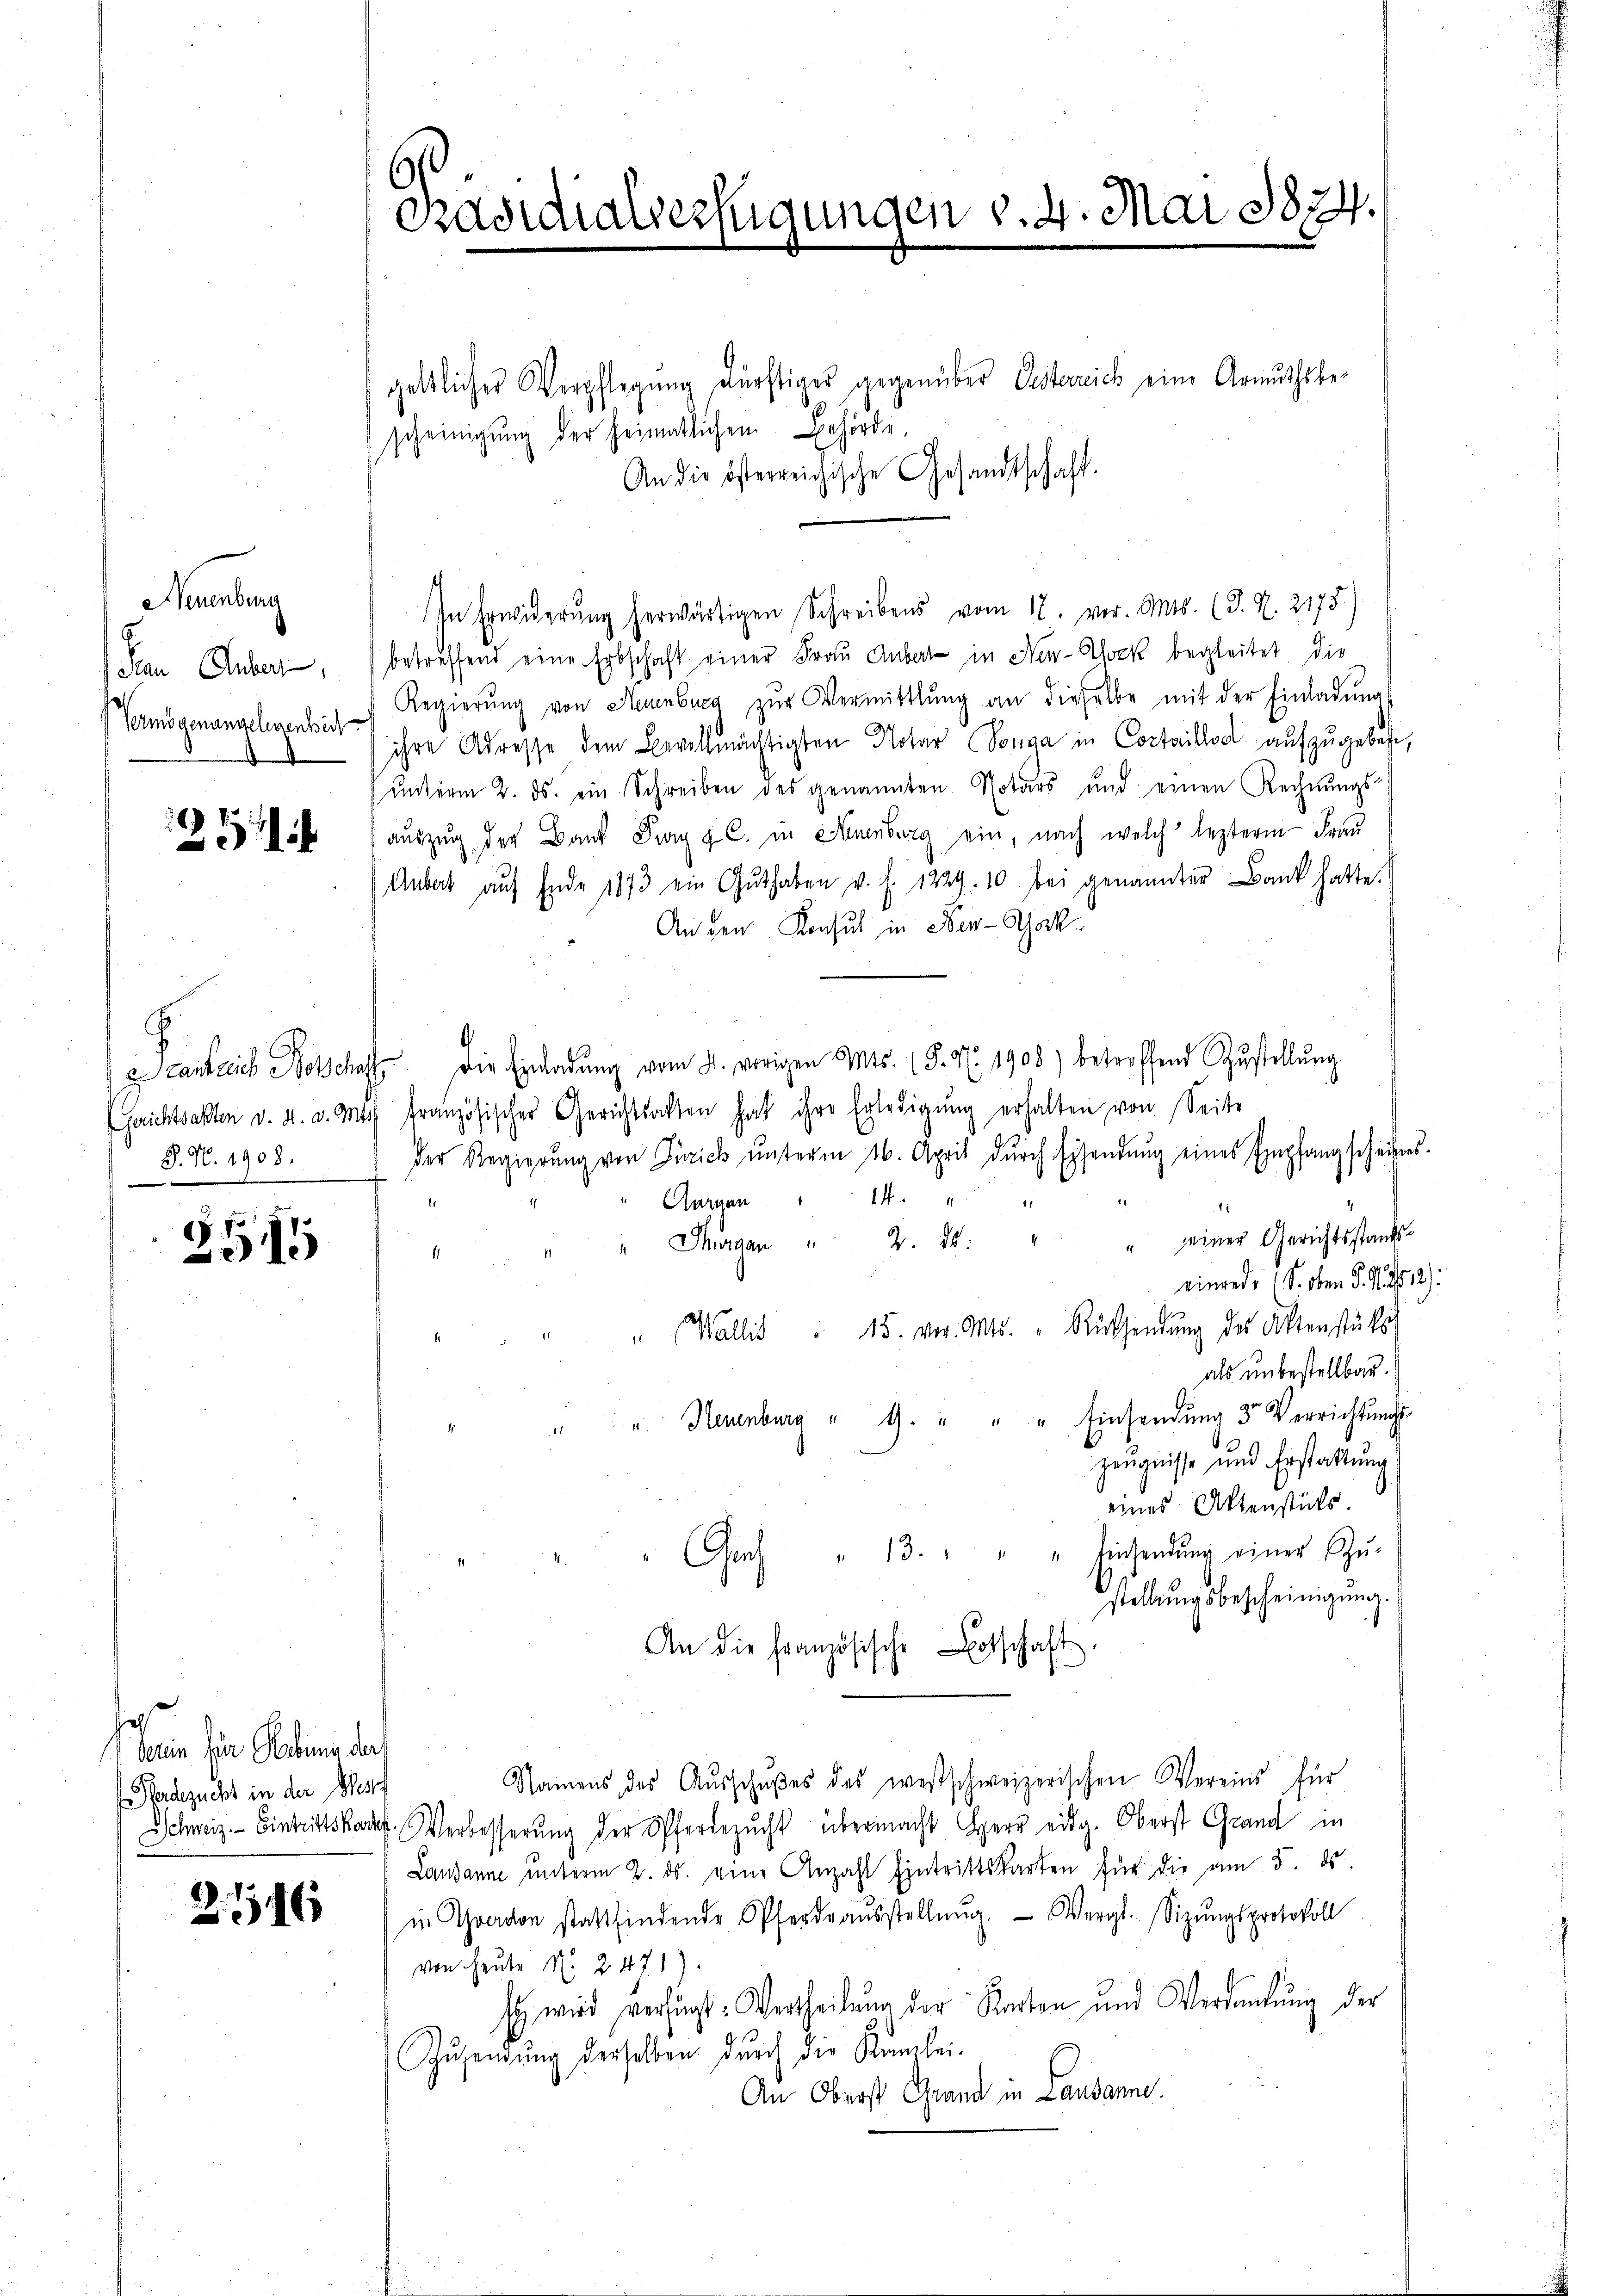
Neuenburg
Pan Guber,
Vermögenansehentich

25

C
J. N. 1908.

e
15

ain für Rebenen doch
erdezucht in der Messch

216

geltlicher Verpflegung dürftiger gegenüber Oesterreich eine Armuthsbescheinigung der heimatlichen Behörde
An die österreichische Gesandtschaft.
In Erwiderŭng herwärtigen Schreibens vom 17. vor. Mts. (T. S. 2175
betreffend eine Erbschaft einer Frau Anbar in New-Yock begleitet, die
Regierŭng von Neuenburg zŭr Vermittlung an dieselbe mit der Einladŭng
ihre Adresse dem Bevollmächtigten Notar Sonna in Cortaillod aufzugebete,
ŭnterm 2. ds. ein Schreiben des genannten Notars und einen Rechnŭngs-
auszug der Band Frag p. C. in Neuenburg ein, nach welch leztere Frau
Aubert aŭf Ende 1873 ein Guthaben v. f. 1229. 10 bei genannter Bank hatte.
An den Konsul in Ber-Schok
Santaris Botschaft. Die Einladŭng vom 4. vorigen Mts. 15. N. 1908 betreffend Zustellŭng
(Gaichtsakter d. d. d. Mts französischer Gerichtsachten hat ihre Erledigŭng erhalten von Seite
der Regierŭng von Zürich ŭnterm 16. April dŭrch Eisendŭng eines Empfangscheibens
Aarmen " 14 "
" Thurgan " 2. 28. " " einer Gerichtsstands-
einrede (S. oben S. 2
" Wallis " 15. vor. Mts. " Rücksendŭng des Altenstücke
als unbestellbar.
u. Neuenburg " G. " " " Einsendŭng 3 Verrichtŭngs-
zeugnisse und Erstattung
eines Aktenstücks.
Gras " 13. " " " Einsendŭng einer Spŭ-
stellungsbescheinigung.
An die Französische Botschaft
Namens des Aŭsschŭβes des westschweizerischen Vereins für
Schweiz. Eintrittskades Verbesserung der Pferdezucht übermacht Herr eidg. Oberst Grand in
Lausanne ŭnterm 2. ds. eine Anzahl Eintrittskarten für die am 5. ds.
in Graden stattfindende Pferdraŭsstellung. Wergt. Sizŭngsprotokoll
von Heute No. 247. 1).
s wird versucht. Vertheilung der Karten und Verdankŭng der
Zŭsendŭng derselben dŭrch die Kanzlei-
An Oberst Grand in Landanne.

¬
Präsidialverfügungen v. 4. Mai 1874.